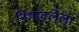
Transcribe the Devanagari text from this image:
निभावलेला